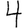
Digit: 4